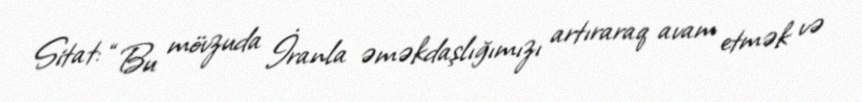
Sitat: “Bu mövzuda İranla əməkdaşlığımızı artıraraq avam etmək və